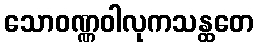
သောဝဏ္ဏဝါလုကသန္ထတေ